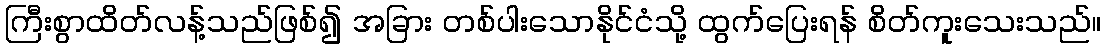
ကြီးစွာထိတ်လန့်သည်ဖြစ်၍ အခြား တစ်ပါးသောနိုင်ငံသို့ ထွက်ပြေးရန် စိတ်ကူးသေးသည်။